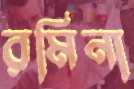
রমিনা